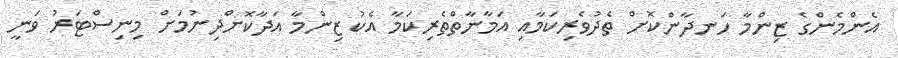
އެންމެންގެ ޒިންމާ ހަނދާންކޮށް ތެދުވެރިކަމާއި އަމާނާތްތެރިކަމާ އެކު ޒިންމާ އަދާކޮށްދިނުމަށް މިނިސްޓަރު ވަނީ